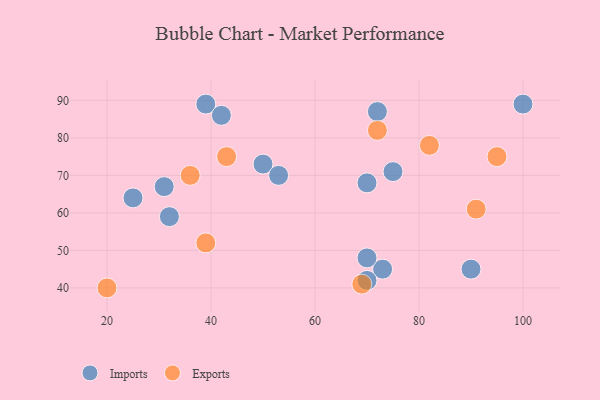
{"axis": {"x": "GDP", "y": "Life Expectancy"}, "legend": ["Exports", "Imports"], "data": [{"x": "39", "y": 89, "type": "Imports"}, {"x": "70", "y": 68, "type": "Imports"}, {"x": "75", "y": 71, "type": "Imports"}, {"x": "90", "y": 45, "type": "Imports"}, {"x": "25", "y": 64, "type": "Imports"}, {"x": "50", "y": 73, "type": "Imports"}, {"x": "42", "y": 86, "type": "Imports"}, {"x": "100", "y": 89, "type": "Imports"}, {"x": "73", "y": 45, "type": "Imports"}, {"x": "32", "y": 59, "type": "Imports"}, {"x": "70", "y": 42, "type": "Imports"}, {"x": "72", "y": 87, "type": "Imports"}, {"x": "31", "y": 67, "type": "Imports"}, {"x": "70", "y": 48, "type": "Imports"}, {"x": "53", "y": 70, "type": "Imports"}, {"x": "36", "y": 70, "type": "Exports"}, {"x": "69", "y": 41, "type": "Exports"}, {"x": "91", "y": 61, "type": "Exports"}, {"x": "20", "y": 40, "type": "Exports"}, {"x": "95", "y": 75, "type": "Exports"}, {"x": "39", "y": 52, "type": "Exports"}, {"x": "72", "y": 82, "type": "Exports"}, {"x": "82", "y": 78, "type": "Exports"}, {"x": "43", "y": 75, "type": "Exports"}]}